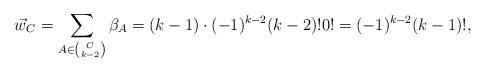
LaTeX: \begin{align*}\vec{w}_{C} = \sum_{A \in \binom{C}{k-2}} \beta_{A} = (k-1) \cdot (-1)^{k-2}(k-2)!0! = (-1)^{k-2}(k-1)!,\end{align*}